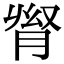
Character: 𦛬